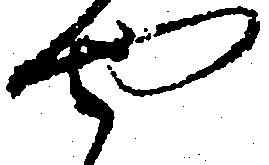
や